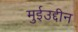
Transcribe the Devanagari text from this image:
मुईउद्दीन